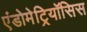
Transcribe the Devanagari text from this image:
एंडोमेट्रियॉसिस